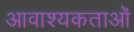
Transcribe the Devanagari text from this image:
आवाश्यकताओं